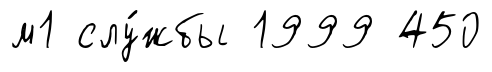
м1 слу́жбы 1999 450